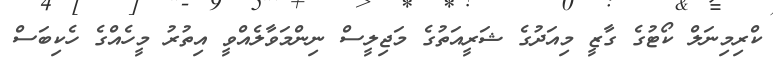
ކްރިމިނަލް ކޯޓުގެ ގާޒީ މިއަދުގެ ޝަރީއަތުގެ މަޖިލީސް ނިންމަވާލެއްވީ އިތުރު މީހެއްގެ ހެކިބަސް